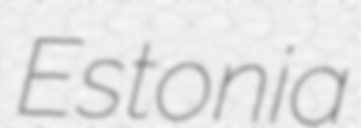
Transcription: Estonia